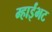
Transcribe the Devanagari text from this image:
म्हाईंभट